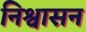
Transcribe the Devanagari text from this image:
निश्वासन